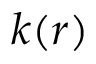
k ( r )